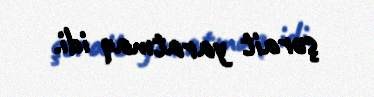
şərait yaratmaq idi.